Medical and sanitary report of the native army of Bengal for the year
Year: 1877
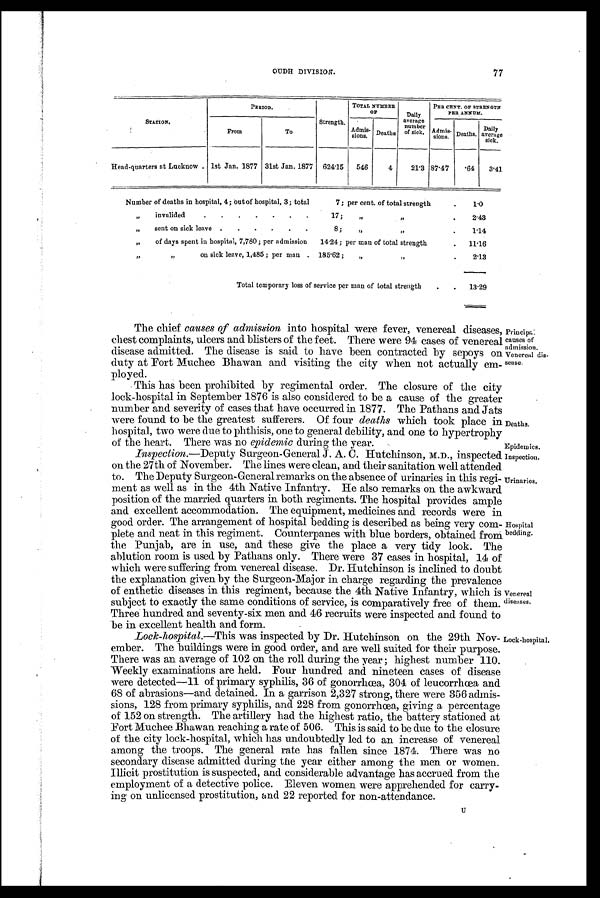
Deaths.
Epidemics.
Inspection.
Urinaries.
OUDH DIVISION.
77
STATION.
PERIOD.
Strength.
TOTAL NUMBER
OF
Daily
average
number
of sick.
PER CENT. OF STRENGTH
PER ANNUM.
From
To
Admis-
sions.
Deaths
Admis-
sions.
Deaths.
Daily
average
sick.
Head-quarters at Lucknow . 1st Jan. 1877
31st Jan. 1877
624.15
546
4
21.3 87.47
.64
3.41
Number of deaths in hospital, 4; out of hospital, 3; total
7; per cent. of total strength
.
1.0
„
in valided
. .
.
.
.
.
.
17;
„ „
.
2.43
„
sent on sick leave
.
.
.
.
.
.
8;
„ „
.
1.14
„
of days spent in hospital, 7,780 ; per admission
14.24; per man of total strength
.
11.16
„
on sick leave, 1,485 ; per man
.
185.62 ;
„
„
.
2.13
Total temporary loss of service per man of total strength
.
.
13.29
The chief causes of admission into hospital were fever, venereal diseases,
chest complaints, ulcers and blisters of the feet. There were 94 cases of venereal
disease admitted. The disease is said to have been contracted by sepoys on
duty at Fort Muchee Bhawan and visiting the city when not actually em-
ployed.
This has been prohibited by regimental order. The closure of the city
lock-hospital in September 1876 is also considered to be a cause of the greater
number and severity of cases that have occurred in 1877. The Pathans and Jats
were found to be the greatest sufferers. Of four deaths which took place in
hospital, two were due to phthisis, one to general debility, and one to hypertrophy
of the heart. There was no epidemic during the year.
Inspection.— Deputy Surgeon-General J. A. C. Hutchinson, M.D., inspected
on the 27th of November. The lines were clean, and their sanitation well attended
to. The Deputy Surgeon-General remarks on the absence of urinaries in this regi-
ment as well as in the 4th Native Infantry. He also remarks on the awkward
position of the married quarters in both regiments. The hospital provides ample
and excellent accommodation. The equipment, medicines and records were in
good order. The arrangement of hospital bedding is described as being very com-
plete and neat in this regiment. Counterpanes with blue borders, obtained from
the Punjab, are in use, and these give the place a very tidy look. The
ablution room is used by Pathans only. There were 37 cases in hospital, 14 of
which were suffering from venereal disease. Dr. Hutchinson is inclined to doubt
the explanation given by the Surgeon-Major in charge regarding the prevalence
of enthetic diseases in this regiment, because the 4th Native Infantry, which is
subject to exactly the same conditions of service, is comparatively free of them.
Three hundred and seventy-six men and 46 recruits were inspected and found to
be in excellent health and form.
Lock-hospital.—This was inspected by Dr. Hutchinson on the 29th Nov-
ember. The buildings were in good order, and are well suited for their purpose.
There was an average of 102 on the roll during the year highest number 110.
Weekly examinations are held. Four hundred and nineteen cases of disease
were detected—11 of primary syphilis, 36 of gonorrhœa, 304 of leucorrhœa and
68 of abrasions—and detained. In a garrison 2,327 strong, there were 356 admis-
sions, 128 from primary syphilis, and 228 from gonorrhœa, giving a percentage
of 152 on strength. The artillery had the highest ratio, the battery stationed at
Fort Muchee Bhawan reaching a rate of 506. This is said to be due to the closure
of the city lock-hospital, which has undoubtedly led to an increase of venereal.
among the troops. The general rate has fallen since 1874. There was no
secondary disease admitted during the year either among the men or women.
Illicit prostitution is suspected, and considerable advantage has accrued from the
employment of a detective police. Eleven women were apprehended for carry-
ing on unlicensed prostitution, and 22 reported for non-attendance.
Principal
causes of
admission.
Venereal dis
-
sea se.
Hospital
bedding.
Venereal
diseases,
Lock -hospital.